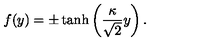
f ( y ) = \pm \tanh \left( \frac { \kappa } { \sqrt { 2 } } y \right) .